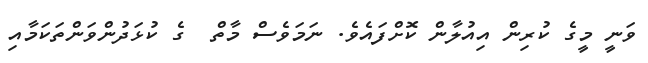
ވަނީ މީގެ ކުރިން އިއުލާން ކޮށްފައެވެ. ނަމަވެސް މާތް  ގެ ކުޅަދުންވަންތަކަމާއި